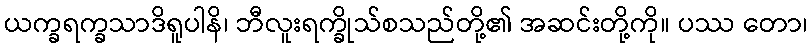
ယက္ခရက္ခသာဒိရူပါနိ၊ ဘီလူးရက္ခိုသ်စသည်တို့၏ အဆင်းတို့ကို။ ပဿ တော၊